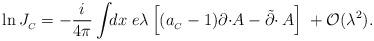
LaTeX: \begin{align*}\ln J_{_C}=-\frac{i}{4\pi}\int\!\!dx\;e\lambda\left[(a_{_C}-1)\partial\cdotp\!A -\tilde\partial\cdotp A\right]\;+{\cal O}(\lambda^2).\end{align*}